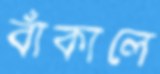
বাঁকালে